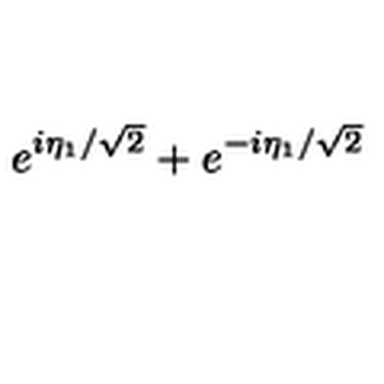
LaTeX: e ^ { i \eta _ { 1 } / \sqrt { 2 } } + e ^ { - i \eta _ { 1 } / \sqrt { 2 } }